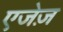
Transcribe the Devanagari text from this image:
एजेज़